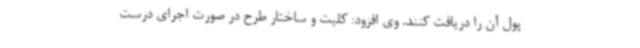
پول آن را دریافت کنند. وی افزود: کلیت و ساختار طرح در صورت اجرای درست